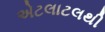
એટલાટલથી